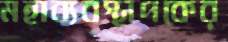
মহাব্যবস্থাপকের